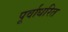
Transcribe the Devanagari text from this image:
पूर्वाधरित